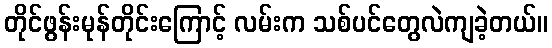
တိုင်ဖွန်းမုန်တိုင်းကြောင့် လမ်းက သစ်ပင်တွေလဲကျခဲ့တယ်။